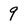
Character: 9